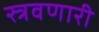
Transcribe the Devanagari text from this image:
स्त्रवणारी